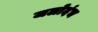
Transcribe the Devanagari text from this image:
जलोदंच